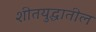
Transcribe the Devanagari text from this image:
शीतयुद्धातील